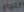
Pat